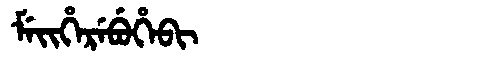
Manchu: ᠮᡝᡳᡥᡝᡵᡝᠪᡠᡥᡝᠪᡳ
Romanization: MEIHEREBUHEBI